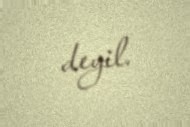
deyil.